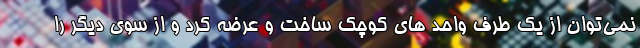
نمی‌توان از یک طرف واحد های کوچک ساخت و عرضه کرد و از سوی دیگر را